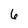
Character: 6